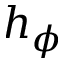
h _ { \phi }